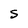
Character: S